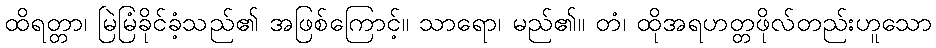
ထိရတ္တာ၊ မြဲမြံခိုင်ခံ့သည်၏ အဖြစ်ကြောင့်။ သာရော၊ မည်၏။ တံ၊ ထိုအရဟတ္တဖိုလ်တည်းဟူသော